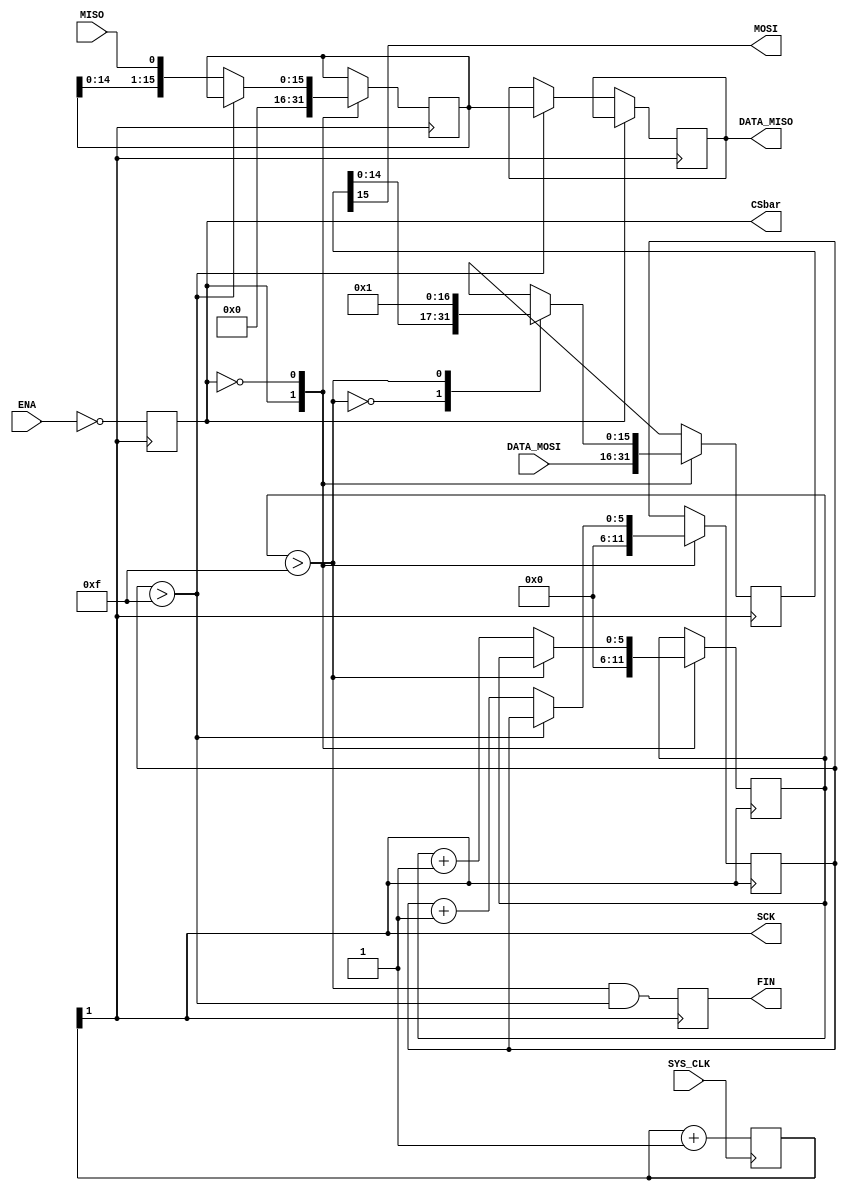
module SPI_MASTER_ADC # (parameter outBits = 16)(
	input					SYS_CLK,
	input 				ENA,
	input		[15:0]	DATA_MOSI,
	input 				MISO,
	output  				MOSI,
	output  	reg		CSbar,
	output 				SCK,
	output  	reg		FIN,
	output  	[15:0]	DATA_MISO
	);	
	reg	[(outBits-1):0]	data_in 				= 0;			
	reg	[(outBits-1):0]	data_in_final 		= 0;			
	reg	[(outBits-1):0]	data_out 			= 0;			
	reg	[5 			:0]	icounter 			= 0;			
	reg	[5 			:0]	ocounter 			= 0;			
	reg	[1:0]				CLK_16;
	always @(posedge SYS_CLK)
		CLK_16 <= CLK_16 + 1;
	wire SPI_CLK = CLK_16[1];
	assign SCK 				= SPI_CLK;
	assign DATA_MISO 		= data_in_final;
	always @(posedge SPI_CLK)
		CSbar					<= ~ENA;
	always @(posedge SPI_CLK)
		FIN 					<= (ocounter > (outBits-1)) & (icounter > (outBits-1));
	always @(posedge SPI_CLK) begin
		case (CSbar)
		1'b1: begin
			icounter 	<= 0;
			data_in		<= 0;
		end
		1'b0: begin			
			case (icounter > (outBits-1))
			1'b0: begin
				data_in 		<= {data_in[(outBits-2):0], MISO};
				icounter 	<= icounter + 1;
			end
			default: 
				data_in_final <= data_in;
			endcase
		end
		endcase
	end
	assign MOSI 				= data_out[(outBits-1)];
	always @(posedge SPI_CLK) begin
		case (CSbar)
		1'b1: begin				
			ocounter				<= 0;
			data_out 			<= DATA_MOSI;	
		end
		1'b0: begin
			case (ocounter >  (outBits-1))
			1'b0: begin
				data_out 		<= {data_out[(outBits-2):0], 1'b0};
				ocounter 		<= ocounter + 1;
			end
			1'b1:	begin
				data_out			<= 1;
			end
			endcase
		end
		endcase
	end
endmodule